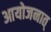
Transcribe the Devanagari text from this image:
आयोजनात्